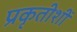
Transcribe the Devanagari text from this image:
प्रकृतीशीं